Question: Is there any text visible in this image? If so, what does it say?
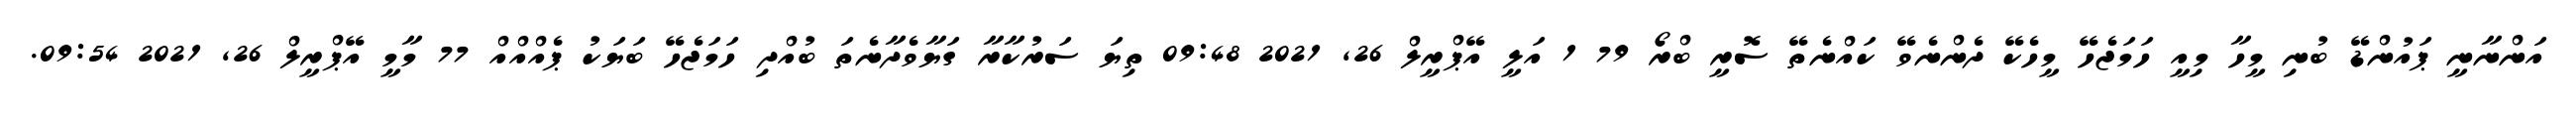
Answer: އަންނާނީ ޕައުންޑޭ ބުނި މީހާ މިއީ ހަމަޖެހޭ މީހެކޭ ދެންނެވޭ ކައްނެތޭ ސޮރީ ބްރޯ 79 1 އަލީ އޭޕްރީލް 26, 2021 09:48 ތިޔަ ސަރުކާރާ ގަޔާވެދާނެތަ ބުއްދި ހަމަޖެހޭ ބަޔަކު ޕެއްއްއް 77 މާމީ އޭޕްރީލް 26, 2021 09:54.